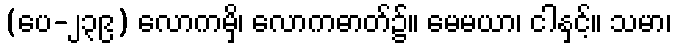
(ပေ-၂၃၉) လောကမှိ၊ လောကဓာတ်၌။ မေမယာ၊ ငါနှင့်။ သမာ၊